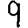
Digit: 9